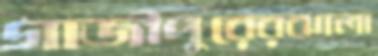
গাজীপুরেরঝালা